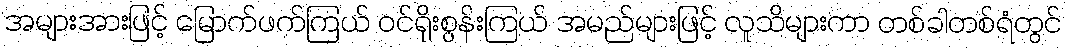
အများအားဖြင့် မြောက်ဖက်ကြယ် ဝင်ရိုးစွန်းကြယ် အမည်များဖြင့် လူသိများကာ တစ်ခါတစ်ရံတွင်